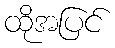
ထိုအပြင်